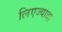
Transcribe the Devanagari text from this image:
लिएज्यादा